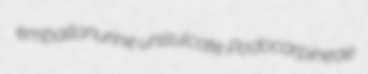
emballonurine unisulcate Podocarpineae